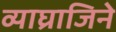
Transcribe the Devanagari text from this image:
व्याघ्राजिने